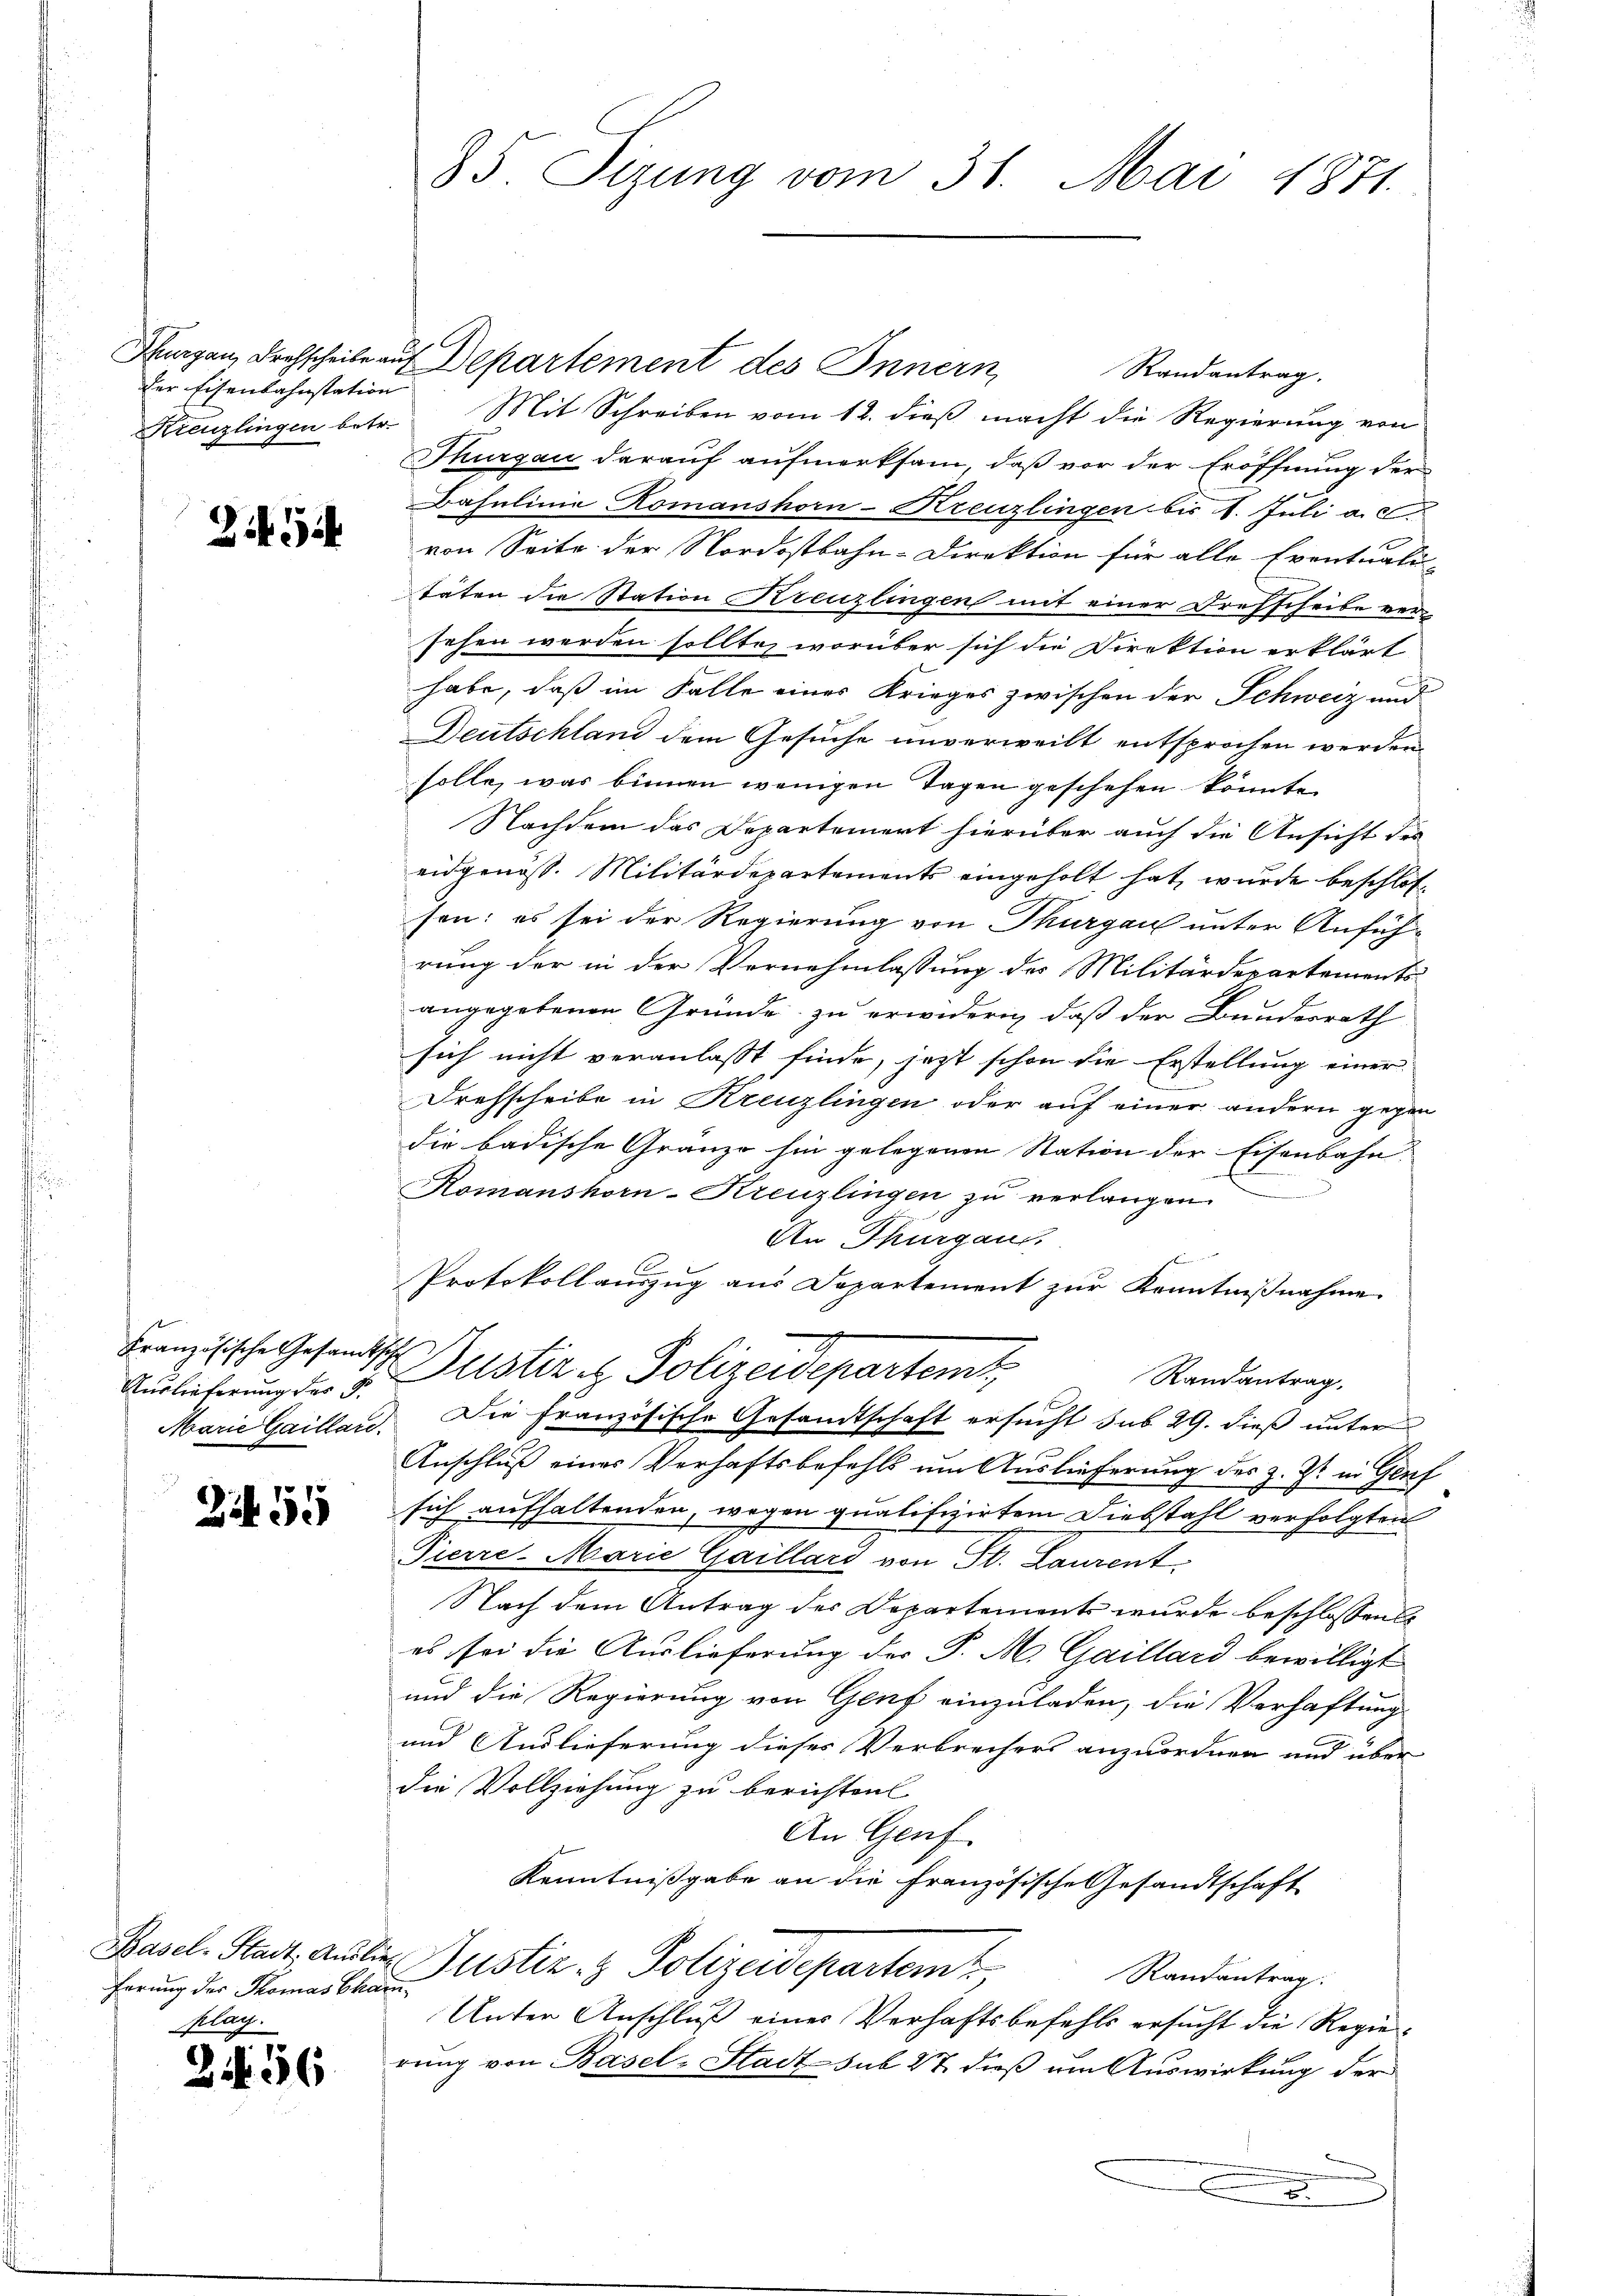
der Eisenbahnstation
Kreuzlingen betr.

Zif. 4

Französische Gesandtsch
Auslieferung der G
Marie Gaillard.

2455

Basel-Stadt, Auslieferung der Thomas Cham
plag.

Z. 56

85 Sizung vom 31. Mai 1871.

Thurgau, Drehscheile auf Departement des Innern,
Randantrag.
Mit Schreiben vom 12. dieß macht die Regierung von
Thurgau darauf aufmerksam, daß vor der Eröffnung der
Bahnlinie Romanshorn-Kreuzlingen bis 1. Juli a. c.
von Seite der Nordostbahn-Direktion für alle Eventuali-
täten die Station Kreuzlingen mit einer Drehscheibe versehen werden sollte, worüber sich die Direktion erklärt
habe, daß im Falle eines Krieges zwischen der Schweiz und
Deutschland dem Gesuche unverweilt entsprochen werden.
solle, was binnen wenigen Tagen geschehen könnte.
Nachdem das Departeniert hierüber auch die Ansicht des
eidgenoss. Militärdepartements eingeholt hat, wurde beschlossen: es sei der Regierung von Thurgau unter Anfüh-
rung der in der Vernehmlassung des Militärdepartements-
angegebenen Gründe zu erwidern, daß der Bundesrath
sich nicht veranlasst finde, jetzt schon die Erstellung einer
Drehscheibe in Kreuzlingen oder auf einer andern gegen
die badische Gränze hin gelegenen Station der Eisenbahn-
Romanshorn-Kreuzlingen zu verlangen.
An Thurgau
f
Protokollauszug aus Departement zur Kenntnißnahme
Puster u. Polizeidepartemt
Randantrag.
Die Französische Gesandtschaft ersucht sub 29. dieß unter
Anschluß eines Verhaftsbefehls um Auslieferung des z. Zt. in Genf
sich aufhaltenden, wegen qualifizirtem Diebstahl verfolgten
Pierre-Marie Gaillard von St. Laurent
Nach dem Antrag der Departements wurde beschlossende
es sei die Auslieferung der P. M. Gaillard bewilligt
und die Regierung von Genf einzuladen, die Verhaftung
und Auslieferung dieses Verbrechers anzuordnen und über
die Vollziehung zu berichten
An Genf
Kenntnißgabe an die Französische Gesandtschaft
Justiz- & Polizeidepartem
Randantrag
Unter Anschluß eines Verhaftsbefehls ersucht die Regierung von Basel-Stadt sub 27 dieß um Auswirkung der